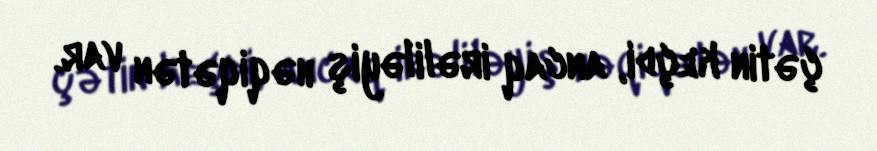
çətin keçdi, ancaq irəliləyiş həqiqətən var.